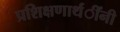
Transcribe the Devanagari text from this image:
प्रशिक्षणार्थंींनी